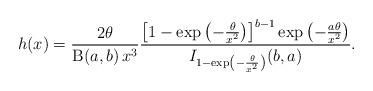
LaTeX: \begin{align*}h(x)= \frac{2\theta}{\operatorname{B}(a,b)\,x^3} \frac{\left[1-\exp\left(-\frac{\theta}{x^2}\right)\right]^{b-1}\exp\left(-\frac{a\theta}{x^2}\right)}{I_{1-\exp\left(-\frac{\theta}{x^2}\right)}(b,a)}.\end{align*}